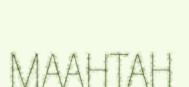
MAAHTAH